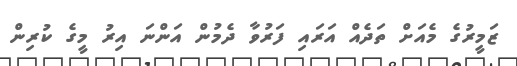
ޒަމީރުގެ މެއަށް ތަދެއް އަރައި ފަރުވާ ދެމުން އަންނަ އިރު މީގެ ކުރިން